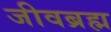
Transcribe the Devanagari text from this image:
जीवब्रह्म